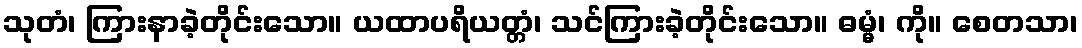
သုတံ၊ ကြားနာခဲ့တိုင်းသော။ ယထာပရိယတ္တံ၊ သင်ကြားခဲ့တိုင်းသော။ ဓမ္မံ၊ ကို။ စေတသာ၊